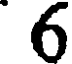
6